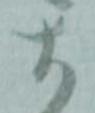
大